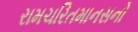
રામચરિતમાનસનો